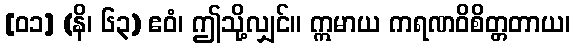
[၀၁] (နိ၊ ၆၃) ဧဝံ၊ ဤသို့လျှင်။ ဣမာယ ကရဏဝိစိတ္တတာယ၊